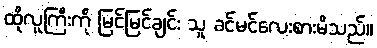
ထိုလူကြီးကို မြင်မြင်ချင်း သူ ခင်မင်လေးစားမိသည်။